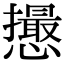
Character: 𢤎